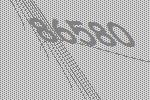
86580